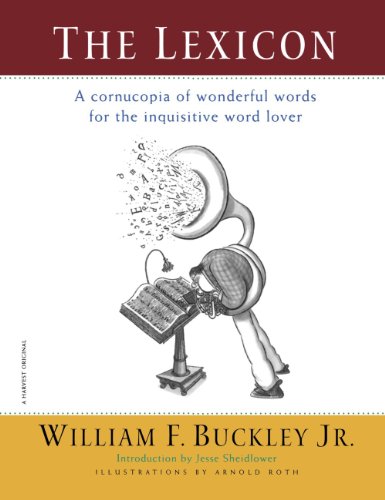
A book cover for The Lexicon: A Cornucopia of Wonderful Words for the Inquisitive Word Lover; William F. Buckley Jr.; Reference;